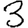
Digit: 3